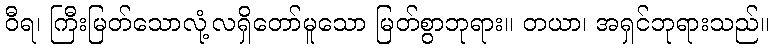
ဝီရ၊ ကြီးမြတ်သောလုံ့လရှိတော်မူသော မြတ်စွာဘုရား။ တယာ၊ အရှင်ဘုရားသည်။